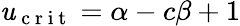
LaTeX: \mathit{u}_{\mathrm{{~c~r~i~t~}}}=\alpha-c\beta+1